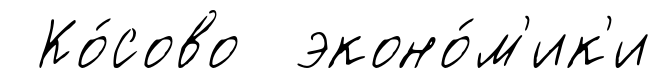
Ко́сово эконо́м'ик'и